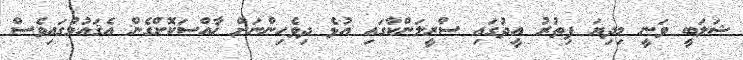
ޝަލަބީ ވަނީ މިދިޔަ ފިތުރު އީދުގައި ސްރީލަންކާގައި އުޅެ ދިވެހިންނަށް ޚާއްސަކޮށްގެން އެޤައުމުގައިވެސް